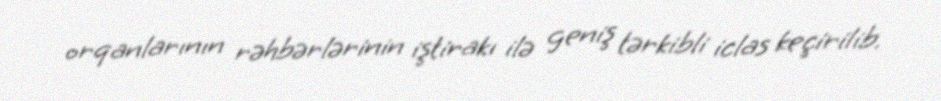
orqanlarının rəhbərlərinin iştirakı ilə geniş tərkibli iclas keçirilib.